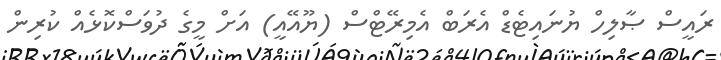
ރައީސް ޞާލިހް ޔުނައިޓެޑް އެރަބް އެމިރޭޓްސް (ޔޫއޭއީ) އަށް މީގެ ދުވަސްކޮޅެއް ކުރިން